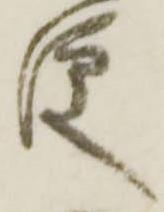
便